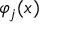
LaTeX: \varphi _ { j } ( x )